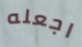
اجعله